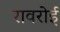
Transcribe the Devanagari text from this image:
रावरोई